NAE_ERA_R-2324_Eesti_Vabariigi_Pohiseaduslik_Assamblee, lk 65
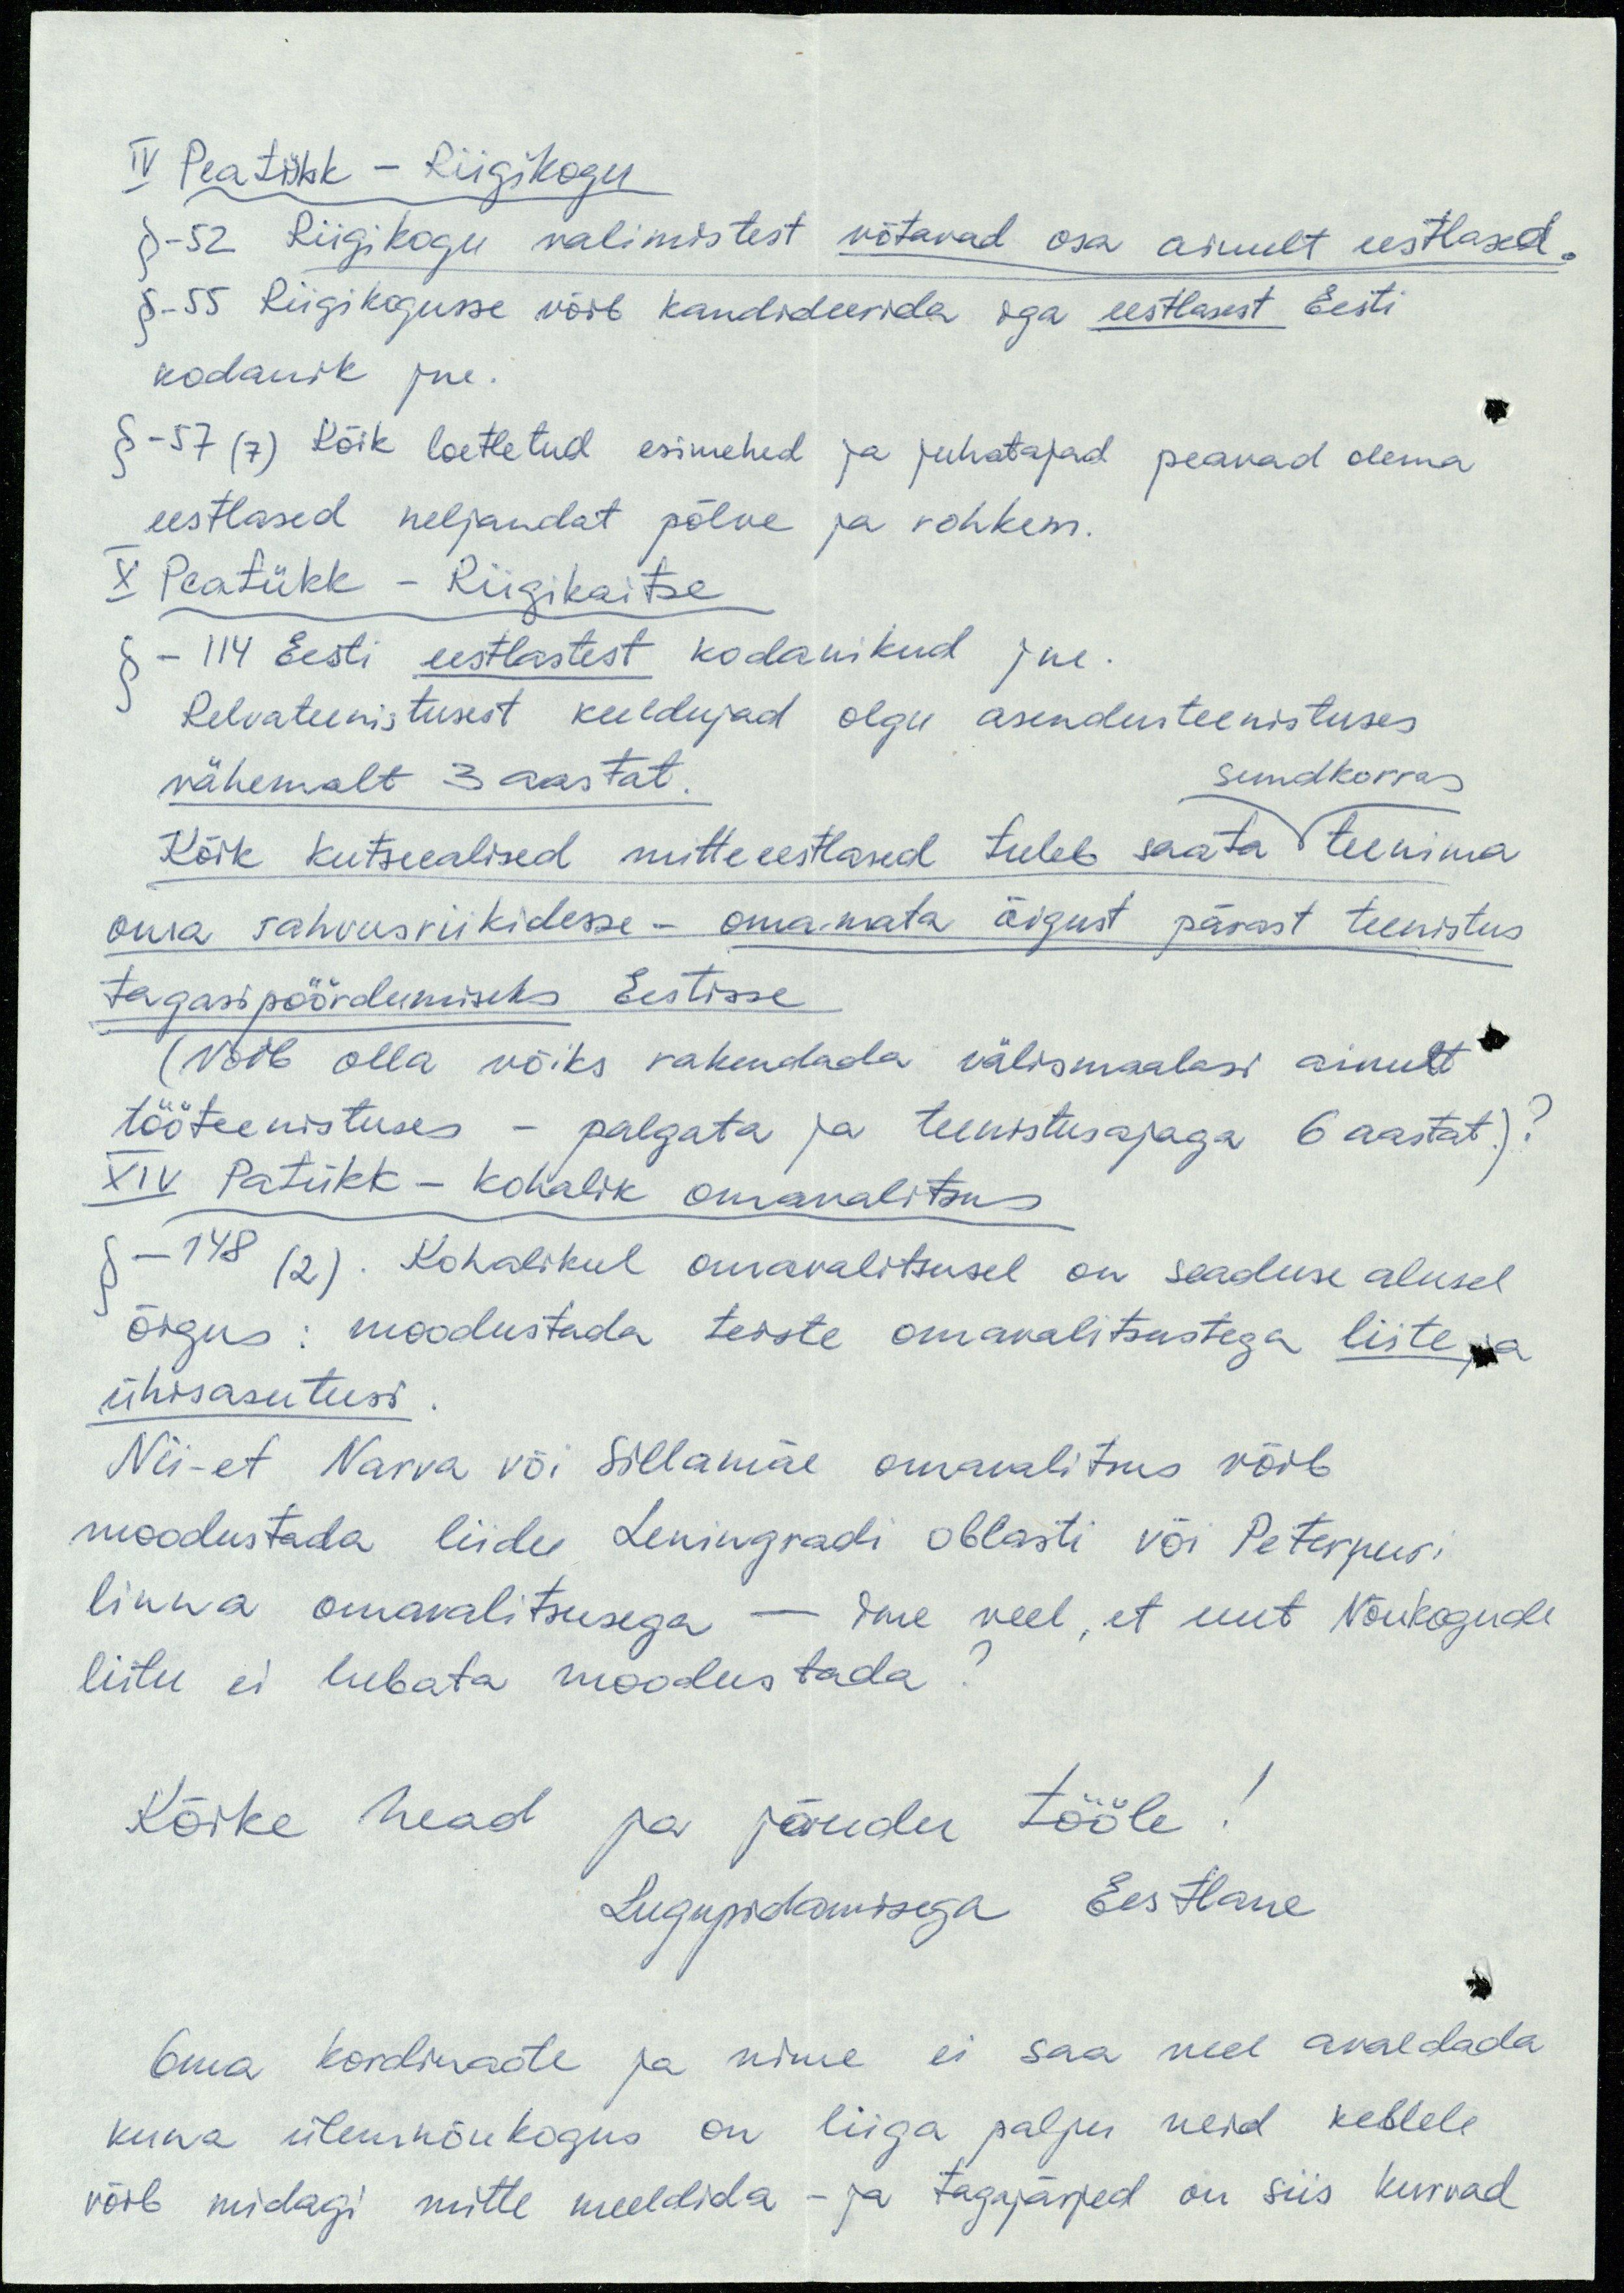
IV Peatükk - Riigikogu
§-52 Riigikogu valimistest võtavad osa ainult eestlased.
§-55 Riigikogusse võib kandideerida iga eestlasest Eesti
kodanik jne.
§-57 (7) Kõik loetletud esimehed ja juhatajad peavad olema
eestlased neljandat põlve ja rohkem.
X Peatükk - Riigikaitse
§-114 Eesti eestlastest kodanikud jne.
Relvateenistusest keeldujad olgu asendusteenistuses
vähemalt 3 aastat.
sundkorras
Kõik kutseealised mitteeestlased tuleb saata teenima
oma rahvusriikidesse - omamata õigust pärast teenistus
tagasipöördumiseks Eestisse
(Võib olla võiks rakendada välismaalasi ainult
tööteenistuses - palgata ja teenistusajaga 6 aastat.)?
XIV Patükk - kohalik omavalitsus
§-148 (2). Kohalikul omavalitsusel on seaduse alusel
õigus: moodustada teiste omavalitsustega liite ja
ühisasutusi.
Nii-et Narva või Sillamäe omavalitsus võib
moodustada liidu Leningradi oblasti või Peterpuri
linna omavalitsusega - ime veel, et uut Nõukogude
liitu ei lubata moodustada?
Kõike head ja jõudu tööle!
Lugupidamisega Eestlane
Oma kordinaate ja nime ei saa veel avaldada
kuna ülemnõukogus on liiga palju neid kellele
võib midagi mitte meeldida - ja tagajärjed on siis kurvad